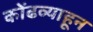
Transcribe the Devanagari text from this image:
कोंढव्याहून